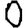
Digit: 0